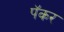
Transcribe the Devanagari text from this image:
पॅकर